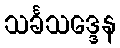
သင်္ခသဒ္ဒေန